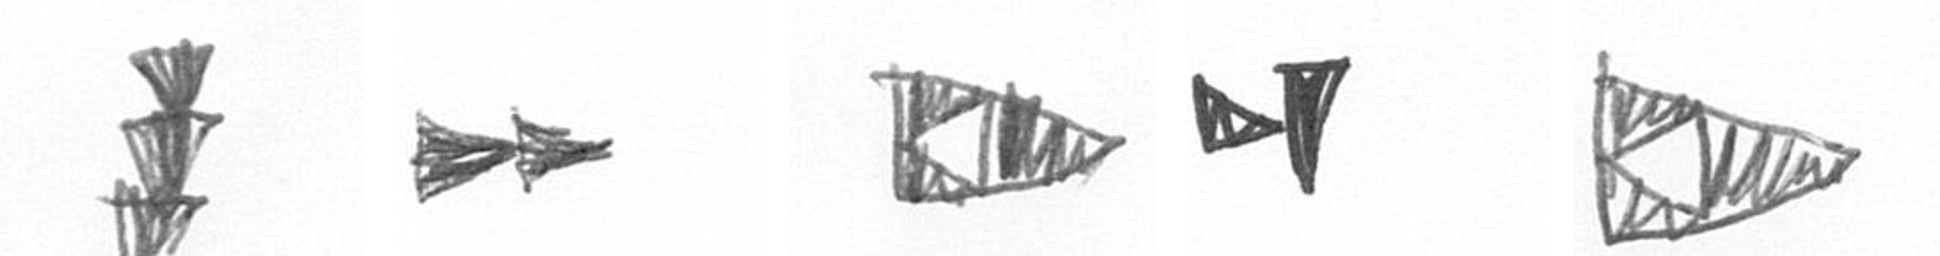
E A K M K